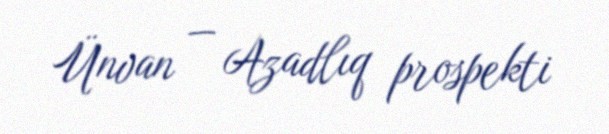
Ünvan — Azadlıq prospekti